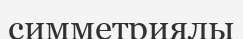
симметриялы